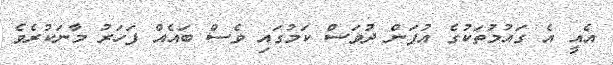
އެއީ އެ ގައުމުތަކުގެ އުފަން ދުވަސް ކަމުގައި ވެސް ބައެއް ފަހަރު މާނަކުރެވެ